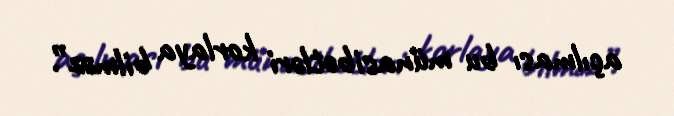
açılması bu münasibətləri korlaya bilməz”.